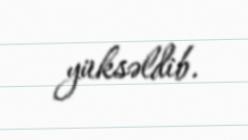
yüksəldib.